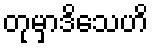
တုမှာဒိသေဟိ